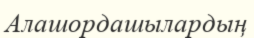
Алашордашылардың